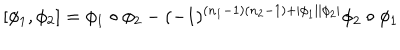
[ \phi _ { 1 } , \phi _ { 2 } ] = \phi _ { 1 } \circ \phi _ { 2 } - ( - 1 ) ^ { ( n _ { 1 } - 1 ) ( n _ { 2 } - 1 ) + | \phi _ { 1 } | | \phi _ { 2 } | } \phi _ { 2 } \circ \phi _ { 1 }